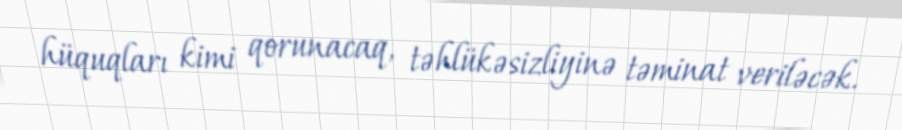
hüquqları kimi qorunacaq, təhlükəsizliyinə təminat veriləcək.